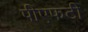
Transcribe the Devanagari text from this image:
पीएफटी